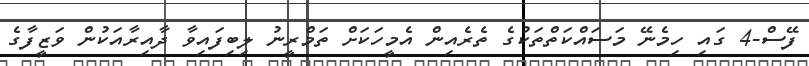
ފޭސް-4 ގައި ހިމެނޭ މަސައްކަތްތަކުގެ ތެރެއިން އެމީހަކަށް ތަމްރީނު ލިބިފައިވާ ދާއިރާއަކުން ވަޒީފާގެ